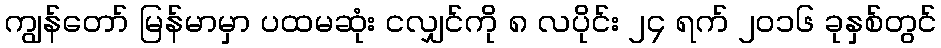
ကျွန်တော် မြန်မာမှာ ပထမဆုံး ငလျှင်ကို ၈ လပိုင်း ၂၄ ရက် ၂၀၁၆ ခုနှစ်တွင်